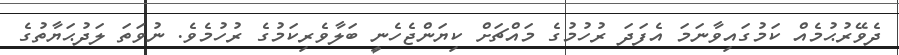
ދެވޭރުޙުމެއް ކަމުގައިވާނަމަ އެފަދަ ރުހުމުގެ މައްޗަށް ކިޔަންޖެހެނީ ބަލާވެރިކަމުގެ ރުހުމެވެ. ނުވަތަ ލަދުޙަޔާތުގެ